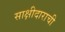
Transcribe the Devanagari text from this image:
साक्षीदाराची